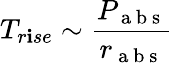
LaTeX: T_{r\mathbf{i}se}\sim\frac{{P_{\mathrm{{~a~b~s~}}}}}{{r_{\mathrm{{~a~b~s~}}}}}